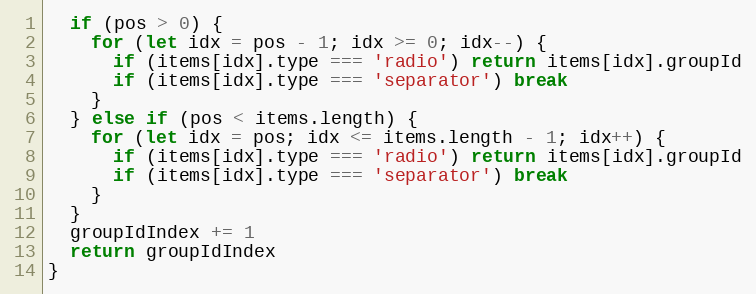
Language: JavaScript
  if (pos > 0) {
    for (let idx = pos - 1; idx >= 0; idx--) {
      if (items[idx].type === 'radio') return items[idx].groupId
      if (items[idx].type === 'separator') break
    }
  } else if (pos < items.length) {
    for (let idx = pos; idx <= items.length - 1; idx++) {
      if (items[idx].type === 'radio') return items[idx].groupId
      if (items[idx].type === 'separator') break
    }
  }
  groupIdIndex += 1
  return groupIdIndex
}